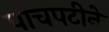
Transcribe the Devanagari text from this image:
पाचपटीने